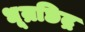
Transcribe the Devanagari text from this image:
धूम्रछिद्र